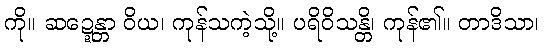
ကို။ ဆဍ္ဍေန္တာ ဝိယ၊ ကုန်သကဲ့သို့။ ပရိဝိသန္တိ၊ ကုန်၏။ တာဒိသာ၊